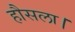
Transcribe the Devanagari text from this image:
हौसला।